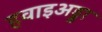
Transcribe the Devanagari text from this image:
हवाइअड्डा